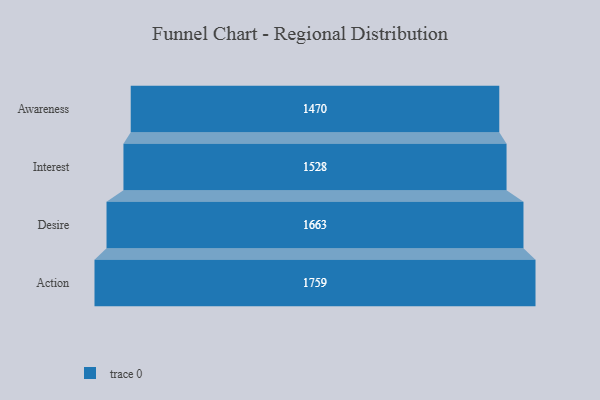
{"axis": {"x": "Stage", "y": "Value"}, "legend": [""], "data": [{"x": "Awareness", "y": 1470.0, "type": ""}, {"x": "Interest", "y": 1528.0, "type": ""}, {"x": "Desire", "y": 1663.0, "type": ""}, {"x": "Action", "y": 1759.0, "type": ""}]}